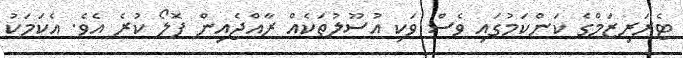
ޓެރަރިޒަމްގެ ކަންކަމުގައި ވެސް ވަކި އުސޫލުތަކެއް ރާއްޖެއިން ފޮލޯ ކުރެ އެވެ. އެކަމަކު